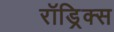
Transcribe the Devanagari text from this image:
रॉड्रिक्स